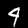
Label: 4